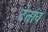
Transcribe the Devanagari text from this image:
देतांव